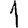
Digit: 1